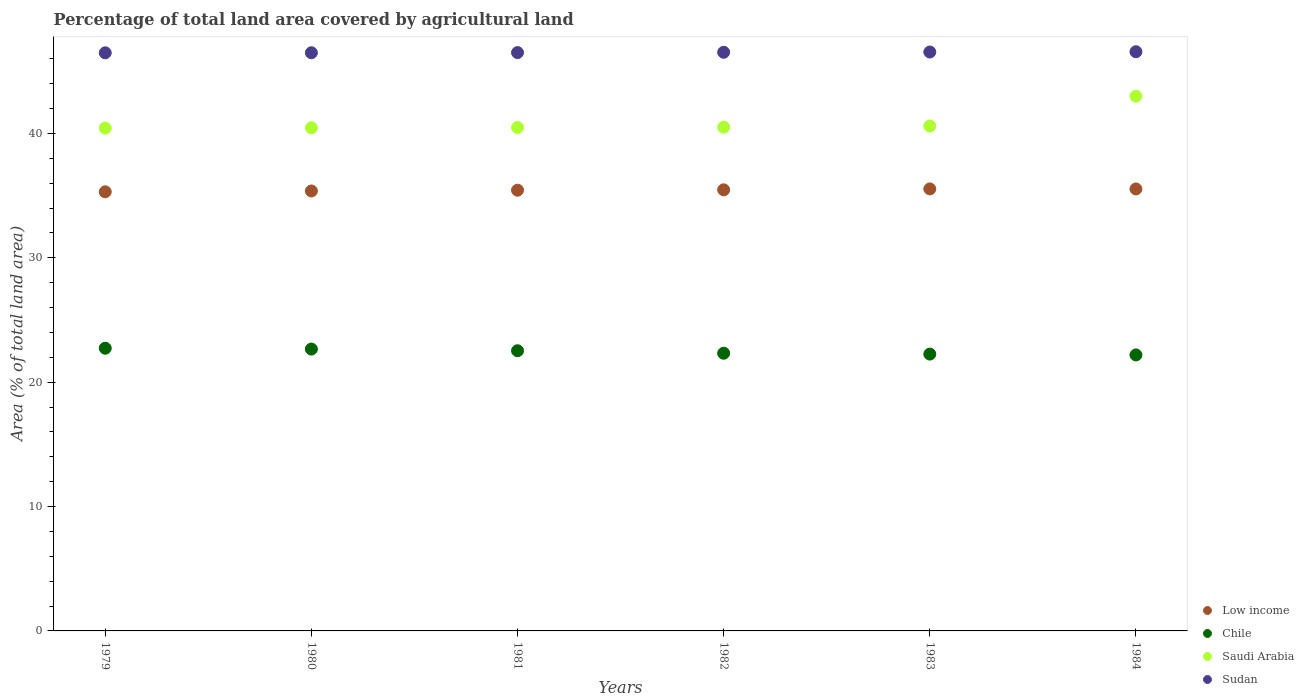
| Years | Low income | Chile | Saudi Arabia | Sudan |
 | --- | --- | --- | --- | --- |
 | 1979 | 35.3 | 22.7 | 40.4 | 46.5 |
 | 1980 | 35.4 | 22.7 | 40.5 | 46.5 |
 | 1981 | 35.4 | 22.5 | 40.5 | 46.5 |
 | 1982 | 35.5 | 22.3 | 40.5 | 46.5 |
 | 1983 | 35.5 | 22.3 | 40.6 | 46.5 |
 | 1984 | 35.5 | 22.2 | 43 | 46.6 |